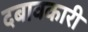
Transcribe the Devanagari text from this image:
दबावकारी